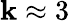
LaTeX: \mathbf{k}\approx3